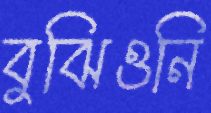
বুঝিওনি